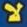
لا